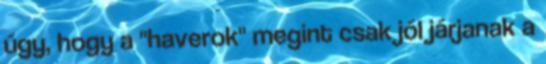
úgy, hogy a "haverok" megint csak jól járjanak a